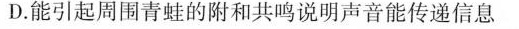
D.能引起周围青蛙的附和共鸣说明声音能传递信息